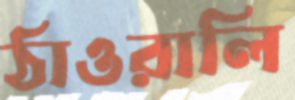
ঠাওরালি